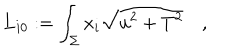
{ \bf L } _ { i 0 } : = \int _ { \Sigma } x _ { i } \sqrt { u ^ { 2 } + T ^ { 2 } } \quad ,